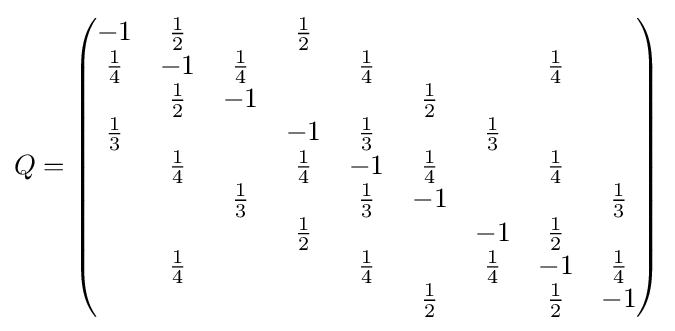
Q={\begin{pmatrix}-1&{\frac {1}{2}}&&{\frac {1}{2}}\\{\frac {1}{4}}&-1&{\frac {1}{4}}&&{\frac {1}{4}}&&&{\frac {1}{4}}\\&{\frac {1}{2}}&-1&&&{\frac {1}{2}}\\{\frac {1}{3}}&&&-1&{\frac {1}{3}}&&{\frac {1}{3}}\\&{\frac {1}{4}}&&{\frac {1}{4}}&-1&{\frac {1}{4}}&&{\frac {1}{4}}\\&&{\frac {1}{3}}&&{\frac {1}{3}}&-1&&&{\frac {1}{3}}\\&&&{\frac {1}{2}}&&&-1&{\frac {1}{2}}\\&{\frac {1}{4}}&&&{\frac {1}{4}}&&{\frac {1}{4}}&-1&{\frac {1}{4}}\\&&&&&{\frac {1}{2}}&&{\frac {1}{2}}&-1\end{pmatrix}}